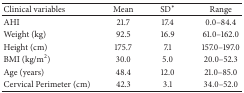
<table><thead><tr><td><b>Clinical variables</b></td><td><b>Mean</b></td><td><b>SD<sup><i>∗</i></sup></b></td><td><b>Range</b></td></tr></thead><tbody><tr><td>AHI</td><td>21.7</td><td>17.4</td><td>0.0–84.4</td></tr><tr><td>Weight (kg)</td><td>92.5</td><td>16.9</td><td>61.0–162.0</td></tr><tr><td>Height (cm)</td><td>175.7</td><td>7.1</td><td>157.0–197.0</td></tr><tr><td>BMI (kg/m<sup>2</sup>)</td><td>30.0</td><td>5.0</td><td>20.0–52.3</td></tr><tr><td>Age (years)</td><td>48.4</td><td>12.0</td><td>21.0–85.0</td></tr><tr><td>Cervical Perimeter (cm)</td><td>42.3</td><td>3.1</td><td>34.0–52.0</td></tr></tbody></table>